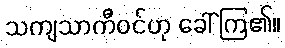
သကျသာကီဝင်ဟု ခေါ်ကြ၏။